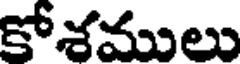
కోశములు